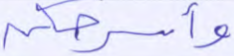
وأسرحكن